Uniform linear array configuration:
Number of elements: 12
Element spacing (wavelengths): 0.5
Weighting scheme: kaiser
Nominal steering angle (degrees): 45
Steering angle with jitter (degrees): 44.653
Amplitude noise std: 0.05
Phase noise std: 0.05

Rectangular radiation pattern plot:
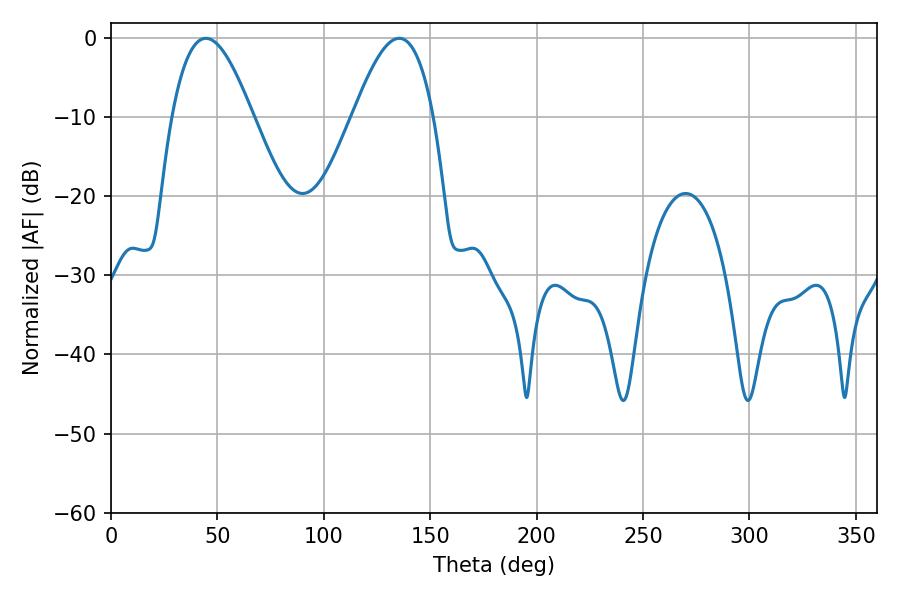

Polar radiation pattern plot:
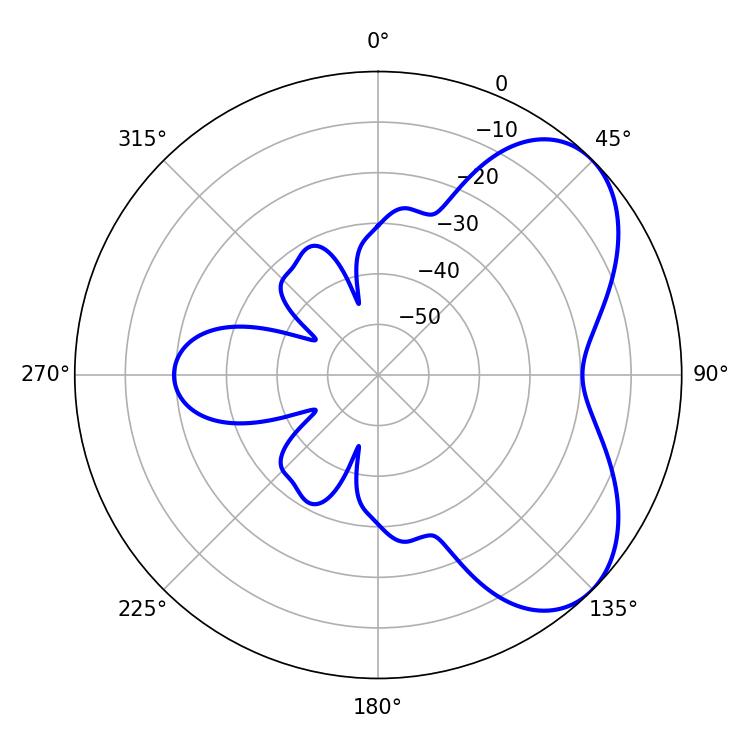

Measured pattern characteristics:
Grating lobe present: FALSE
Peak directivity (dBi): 5.499
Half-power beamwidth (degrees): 20.52
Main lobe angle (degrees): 44.64